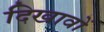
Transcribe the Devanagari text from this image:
दिखावों